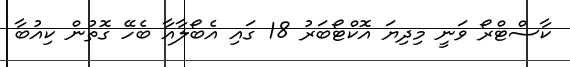
ކާސްޓްރޯ ވަނީ މިދިޔަ އޮކްޓޯބަރު 18 ގައި އެބޯލާއާ ބެހޭ ގޮތުން ކިއުބާ